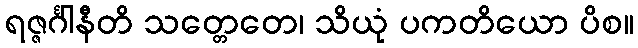
ရဇ္ဇင်္ဂါနီတိ သတ္တေတေ၊ သိယုံ ပကတိယော ပိစ။